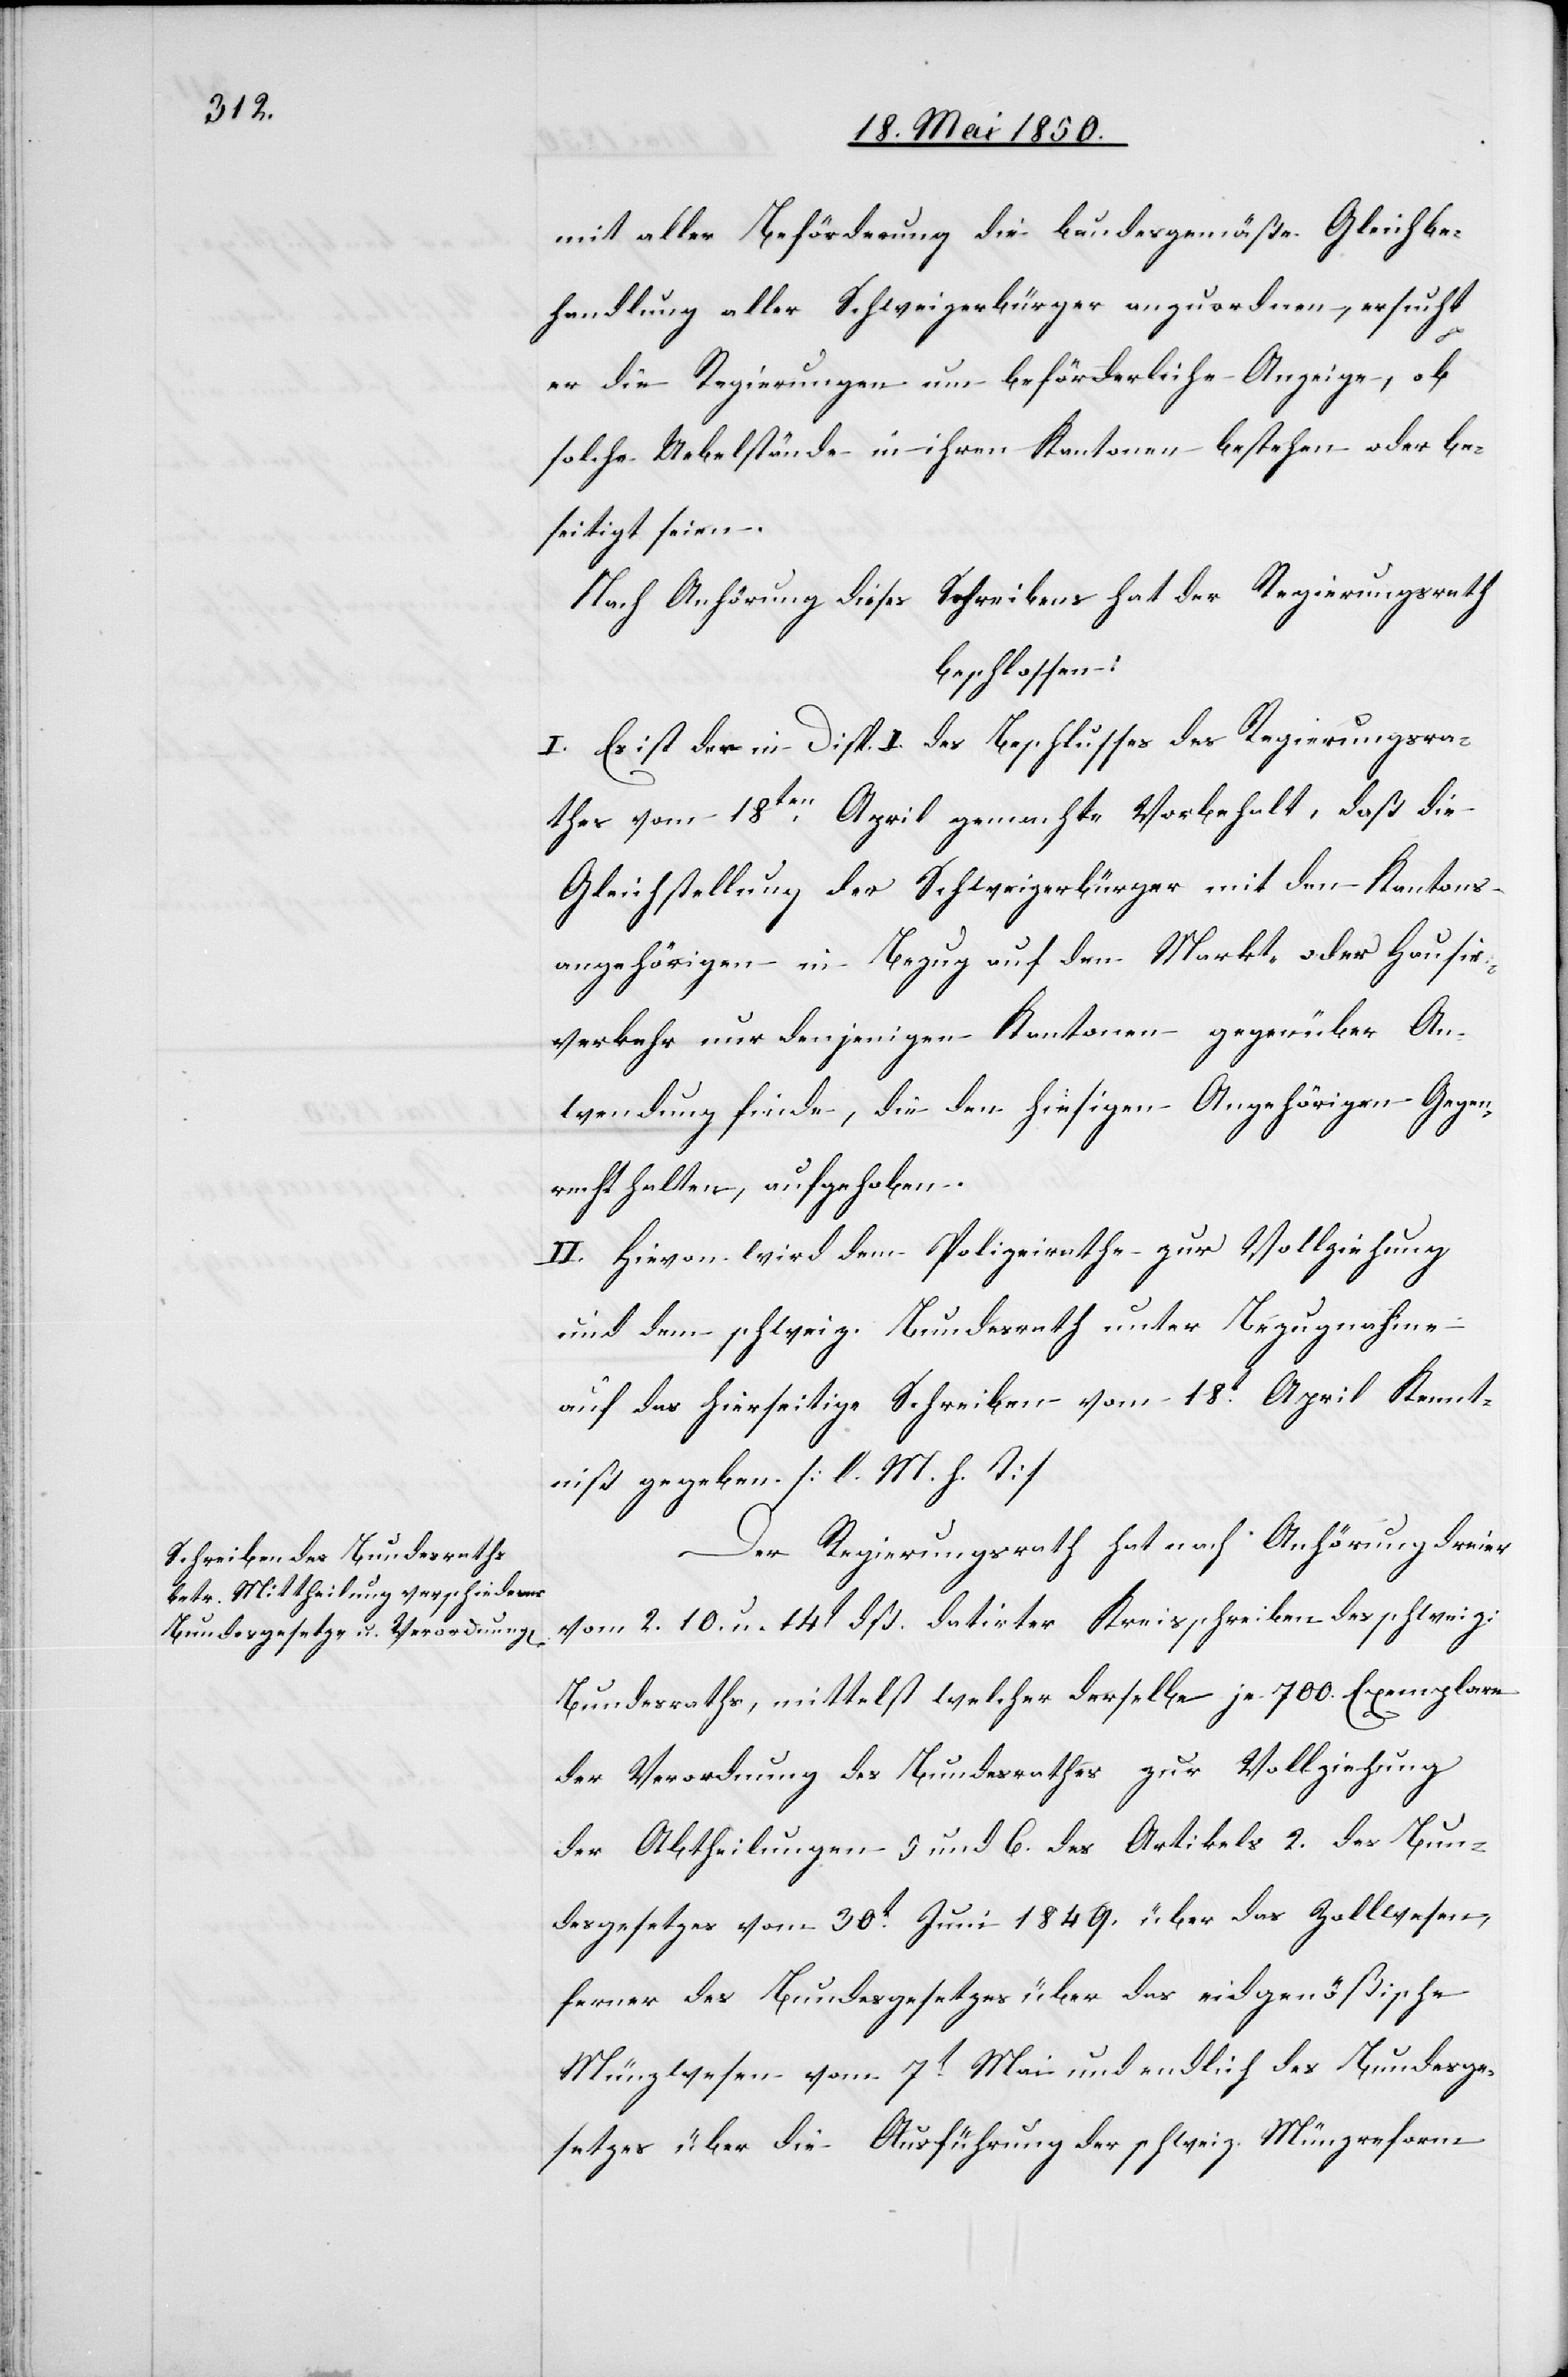
Hausir¬

mit aller Beförderung die bundesgemäße Gleichbe¬
handlung aller Schweizerbürger anzuordnen, ersucht
er die Regierungen um beförderliche Anzeige, ob
solche Uebelstände in ihren Kantonen bestehen oder be¬
seitigt seien.
Nach Anhörung dieses Schreibens hat der Regierungsrath
beschlossen:
I. Es ist der in Disp. I. des Beschlusses des Regierungsra¬
thes vom 18ten April gemachte Vorbehalt, daß die
verkehr nur denjenigen Kantonen gegenüber An¬
wendung finde, die den hiesigen Angehörigen Gegen¬
recht halten, aufgehoben.
II. Hievon wird dem Polizeirathe zur Vollziehung
und dem schweiz. Bundesrath unter Bezugnahme
auf das hierseitige Schreiben vom 18t April Kennt¬
niß gegeben. [l. M. h. T]
Der Regierungsrath hat nach Anhörung dreier
vom 2.[,] 10. u. 14t dß. datirter Kreisschreiben des schweiz:
Bundesraths, mittelst welcher derselbe je 700. Exemplare
der Verordnung des Bundesrathes zur Vollziehung
der Abtheilungen 5 und 6. des Artikels 2. des Bun¬
desgesetzes vom 30t Juni 1849. über das Zollwesen,
ferner des Bundesgesetzes über das eidgenößische
Münzwesen vom 7t Mai und endlich des Bundesge¬
setzes über die Ausführung der schweiz. Münzreform